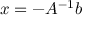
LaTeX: x = - A ^ { - 1 } b